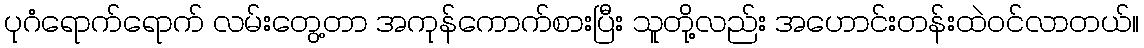
ပုဂံရောက်ရောက် လမ်းတွေ့တာ အကုန်ကောက်စားပြီး သူတို့လည်း အဟောင်းတန်းထဲဝင်လာတယ်။